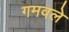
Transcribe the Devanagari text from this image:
गमवले